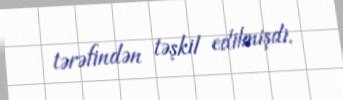
tərəfindən təşkil edilmişdi.